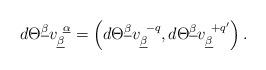
LaTeX: \begin{align*}d\Theta^{\underline\beta}v_{\underline\beta}^{~\underline\alpha}=\left(d\Theta^{\underline\beta}v_{\underline\beta}^{~-q},d\Theta^{\underline\beta}v_{\underline\beta}^{~+q'}\right).\end{align*}